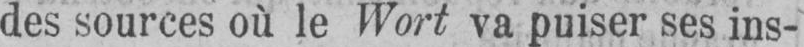
des sources où le Wort va puiser ses ins-